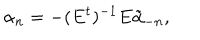
\alpha _ { n } = - ( E ^ { t } ) ^ { - 1 } E \tilde { \alpha } _ { - n } ,